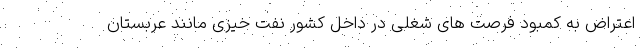
اعتراض به کمبود فرصت های شغلی در داخل کشور نفت خیزی مانند عربستان